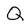
Character: Q